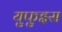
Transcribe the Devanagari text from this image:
युफुइस